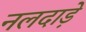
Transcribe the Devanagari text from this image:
नलदाड़े